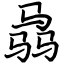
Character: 骉